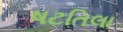
ષટતિલા